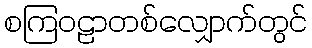
စကြဝဠာတစ်လျှောက်တွင်